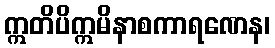
ဣတိပိဣမိနာစကာရဏေန၊